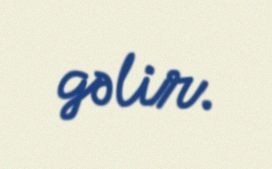
gəlir.